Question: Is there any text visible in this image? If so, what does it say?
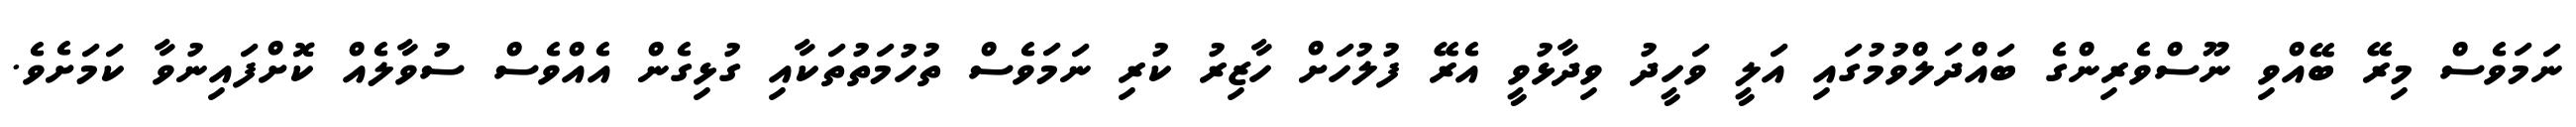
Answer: ނަމަވެސް މިރޭ ބޭއްވި ނޫސްވެރިންގެ ބައްދަލްވުމުގައި އަލީ ވަހީދު ވިދާޅުވީ އެރޭ ފުލުހަށް ހާޒިރު ކުރި ނަމަވެސް ތުހުމަތުތަކާއި ގުޅިގެން އެއްވެސް ސުވާލެއް ކޮށްފައިނުވާ ކަމަށެވެ.